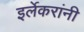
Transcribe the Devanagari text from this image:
इर्लेकरांनी